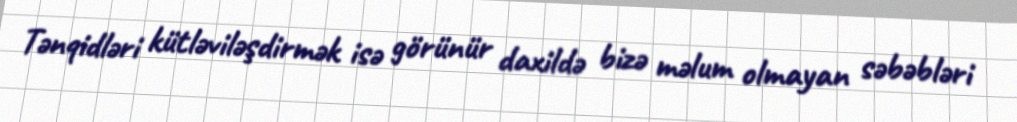
Tənqidləri kütləviləşdirmək isə görünür daxildə bizə məlum olmayan səbəbləri